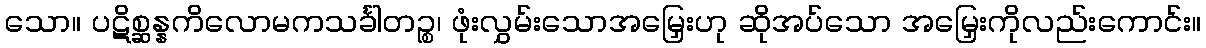
သော။ ပဋိစ္ဆန္နကိလောမကသင်္ခါတဉ္စ၊ ဖုံးလွှမ်းသောအမြှေးဟု ဆိုအပ်သော အမြှေးကိုလည်းကောင်း။